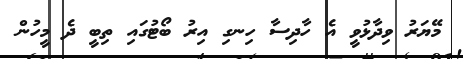
މޭޔަރު ވިދާޅުވީ އެ ހާދިސާ ހިނގި އިރު ބޯޓުގައި ތިބީ ދެ މީހުން